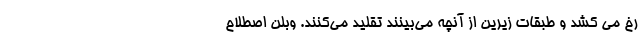
رخ می کشد و طبقات زیرین از آنچه می‌بینند تقلید می‌کنند. وبلن اصطلاح